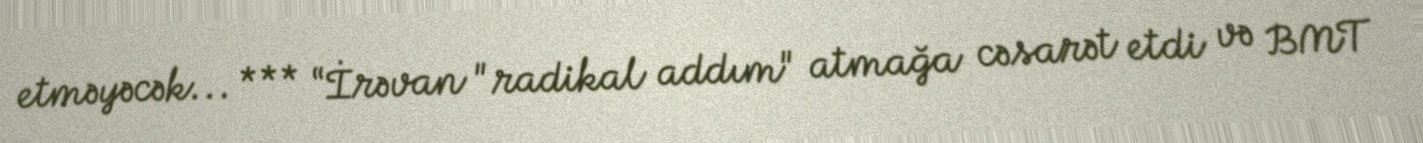
etməyəcək... *** “İrəvan "radikal addım" atmağa cəsarət etdi və BMT